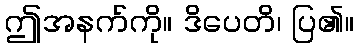
ဤအနက်ကို။ ဒိပေတိ၊ ပြ၏။